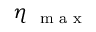
\eta _ { \mathrm { ~ \scriptsize ~ m ~ a ~ x ~ } }